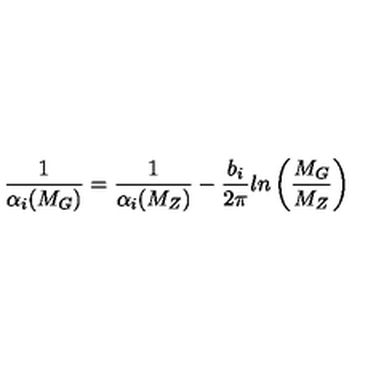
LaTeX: \frac { 1 } { \alpha _ { i } ( M _ { G } ) } = \frac { 1 } { \alpha _ { i } ( M _ { Z } ) } - \frac { b _ { i } } { 2 \pi } l n \left( \frac { M _ { G } } { M _ { Z } } \right)